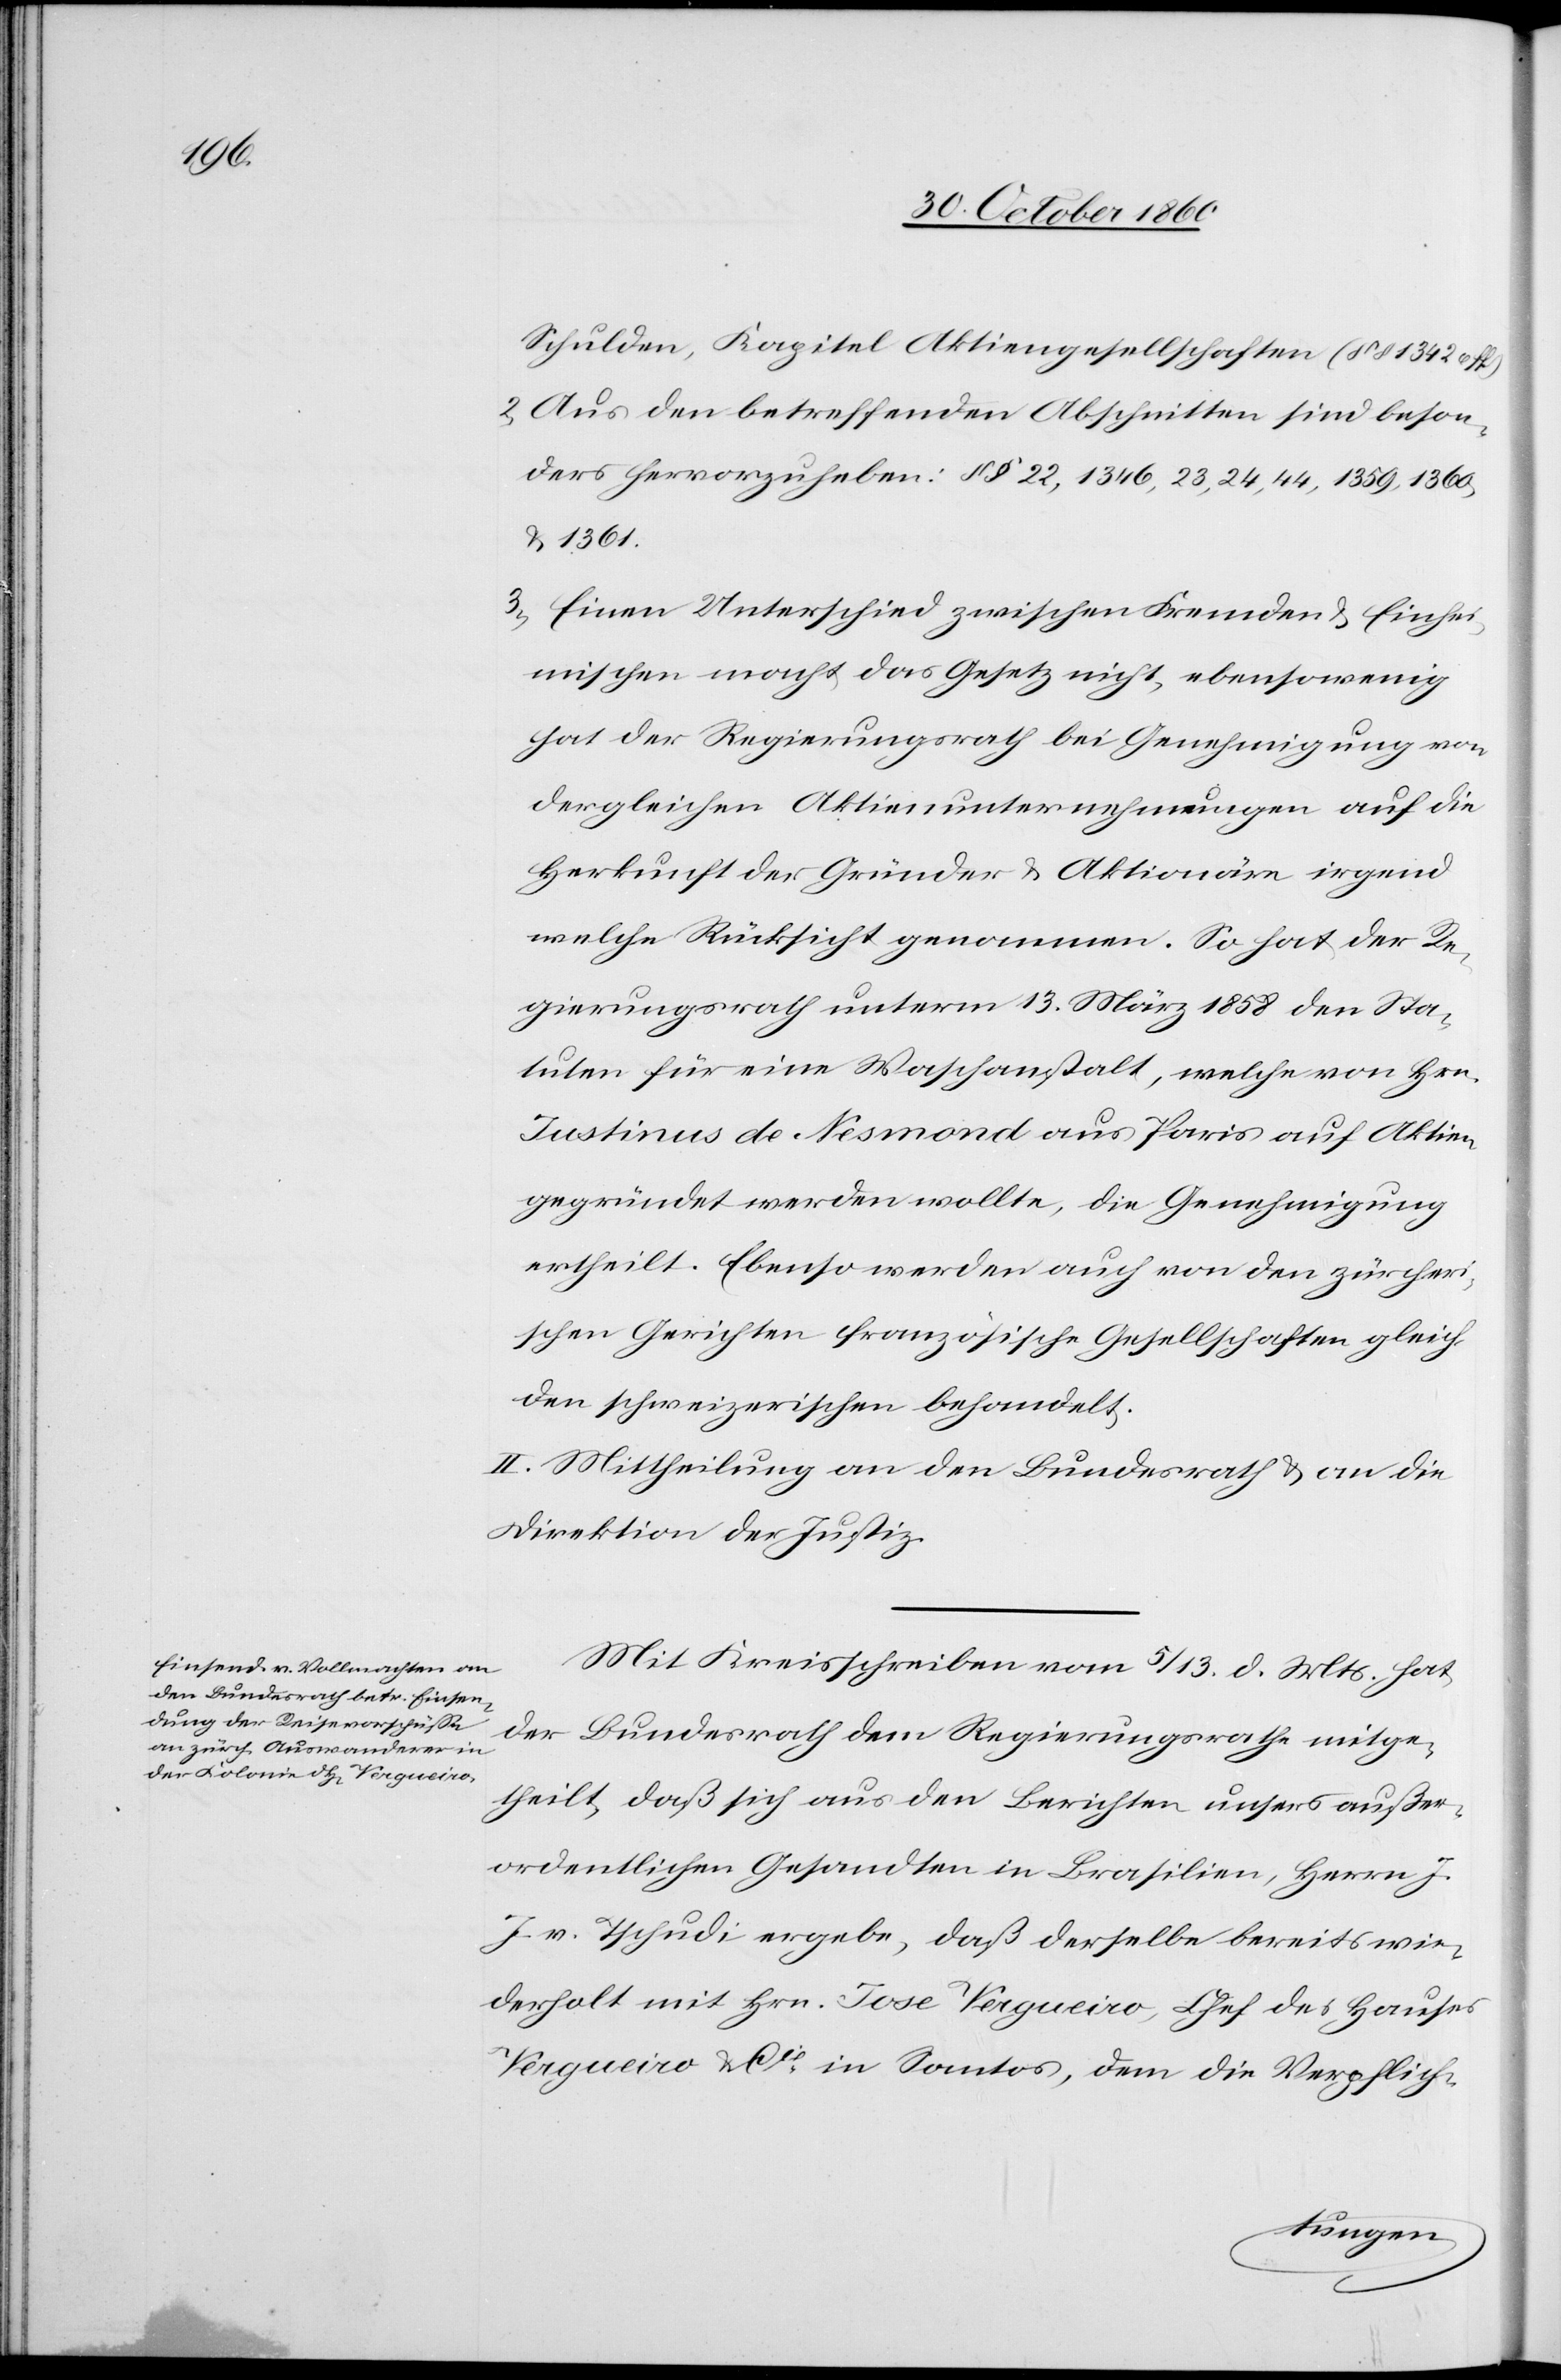
Schulden, Kapital Aktiengesellschaften (§§ 1342 u. ff.).
2) Aus den betreffenden Abschnitten sind beson¬
ders hervorzuheben: §§ 22, 1346, 23, 24, 44, 1359, 1360
u. 1361.
3) Einen Unterschied zwischen Fremden u. Einhei¬
mischen macht das Gesetz nicht, ebensowenig
hat der Regierungsrath bei Genehmigung vor¬
dergleichen Aktienunternehmungen auf die
Herkunft der Gründer u. Aktionäre irgend
welche Rücksicht genommen. So hat der Re¬
gierungsrath unterm 13. März 1858 den Sta¬
tuten für eine Waschanstalt, welche von Hrn.
Justinus de Nesmond aus Paris auf Aktien
gegründet werden wollte, die Genehmigung
ertheilt. Ebenso werden auch von den zürcheri¬
schen Gerichten französische Gesellschaften gleich
den schweizerischen behandelt.
II. Mittheilung an den Bundesrath u. an die
Direktion der Justiz.
Mit Kreisschreiben vom 5./13. d. Mts. hat
der Bundesrath dem Regierungsrathe mitge¬
theilt, daß sich aus den Berichten unsers außer¬
ordentlichen Gesandten in Brasilien, Herrn J.
J. v. Tschudi ergebe, daß derselbe bereits wie¬
derholt mit Hrn. Jose Vergueiro, Chef des Hauses
Vergueiro & Cie in Santos, dem die Verpflich-